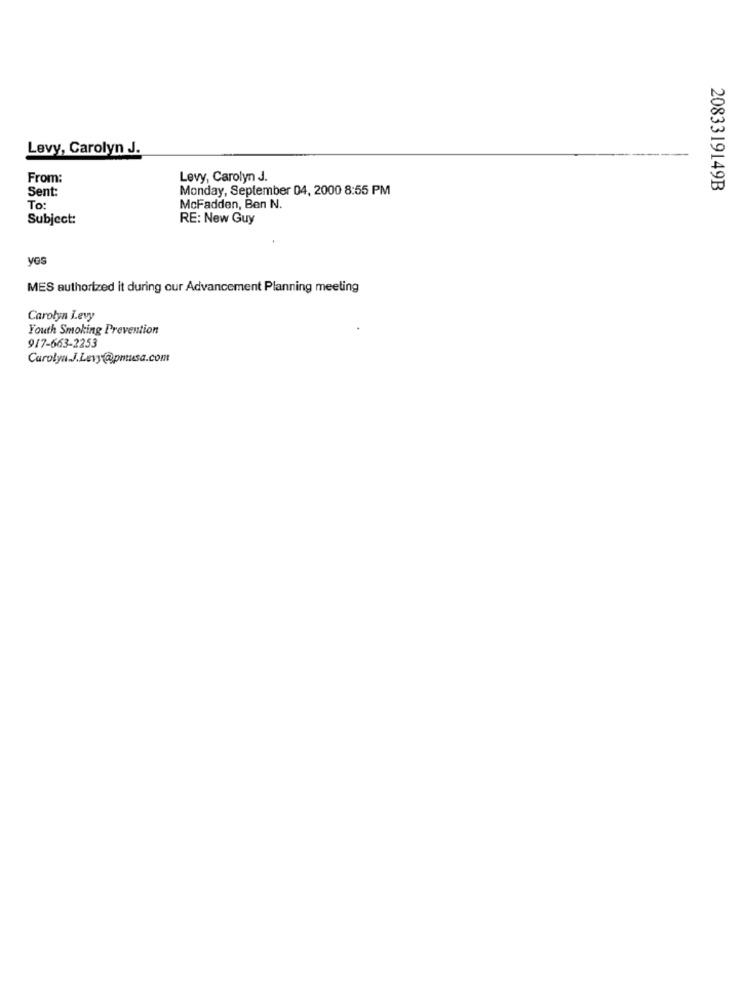
Levy, Carolyn J.
From:
Levy, Carolyn J.
Sent:
Monday, September 04, 2000 8:55 PM
2083319149B
To:
McFadden, Ben N.
Subject:
RE: New Guy
yos
MES authorized it during our Advancement Planning meeting
Carolyn Levy
Youth Smoking Prevention
917-663-2253
Carolyn.J.Levy@pmusa.com